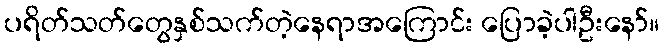
ပရိတ်သတ်တွေနှစ်သက်တဲ့နေရာအကြောင်း ပြောခဲ့ပါဦးနော်။